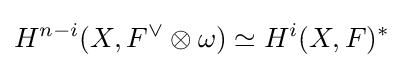
H^{n-i}(X,F^{\vee }\otimes \omega )\simeq H^{i}(X,F)^{*}